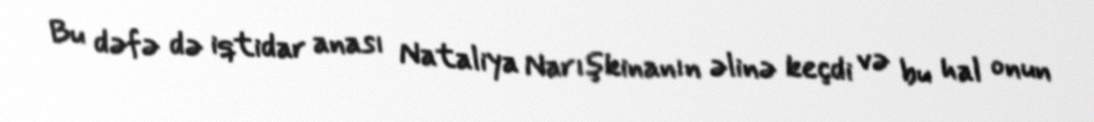
Bu dəfə də iqtidar anası Nataliya Narışkinanın əlinə keçdi və bu hal onun